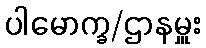
ပါမောက္ခ/ဌာနမှူး